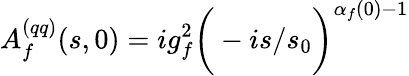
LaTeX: A_{f}^{(qq)}(s,0)=ig_{f}^{2}\bigg(-i{s/s_{0}}\bigg)^{\alpha_{f}(0)-1}